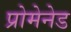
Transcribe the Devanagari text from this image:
प्रोमेनेड